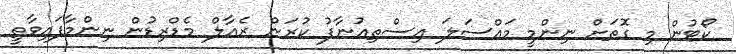
ކޯޓުން މި ގޮތަށް ނިންމީ މައްސަލަ އިސްތިއުނާފު ކުރަން ރެއާލް މެޑްރިޑުން ނިންމާފައިވާތީ